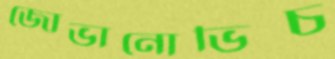
জোভানোভিচ